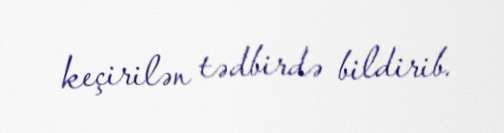
keçirilən tədbirdə bildirib.